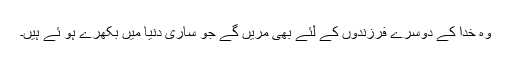
وہ خدا کے دوسرے فرزندوں کے لئے بھی مریں گے جو ساری دنیا میں بکھرے ہو ئے ہیں۔